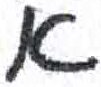
אות: א